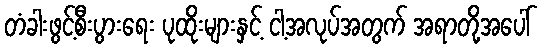
တံခါးဖွင့်စီးပွားရေး ပုထိုးများနှင့် ငါ့အလုပ်အတွက် အရာတို့အပေါ်